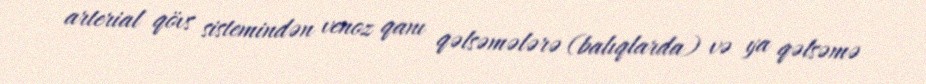
arterial qövs sistemindən venoz qanı qəlsəmələrə (balıqlarda) və ya qəlsəmə